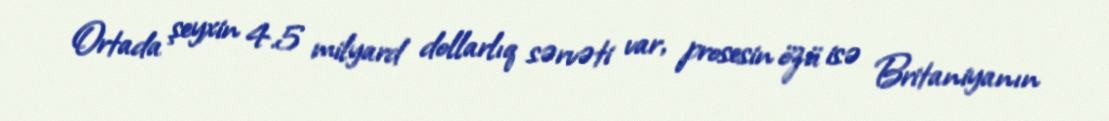
Ortada şeyxin 4.5 milyard dollarlıq sərvəti var, prosesin özü isə Britaniyanın